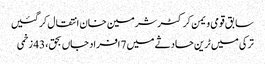
سابق قومی ویمن کرکٹرشرمین خان انتقال کرگئیں
ترکی میں ٹرین حادثے میں 7 افراد جاں بحق، 43 زخمی